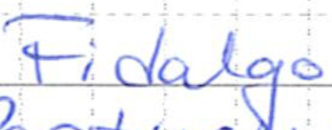
Text: Fidalgo
Cross-out: clean
Writing tool: ballpoint